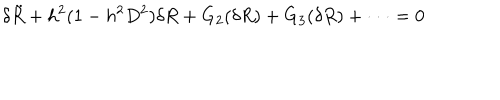
\delta { \ddot { R } } + h ^ { 2 } ( 1 - h ^ { 2 } D ^ { 2 } ) \delta R + G _ { 2 } ( \delta R ) + G _ { 3 } ( \delta R ) + \cdot \cdot \cdot = 0